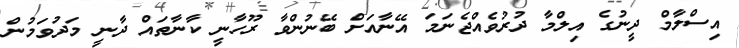
އިސްލާމް ދީނުގެ އިލްމާ ދުރުވެއްޖެނަމަ އޭނާއަށް ބޭނުންވާ ރޫހާނީ ކާނާތައް ދާނީ މަދުވަމުން